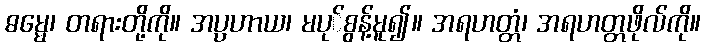
ဓမ္မေ၊ တရားတို့ကို။ အပ္ပဟာယ၊ မပု်စွန့်မူ၍။ အရဟတ္တံ၊ အရဟတ္တဖိုလ်ကို။